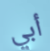
أبي